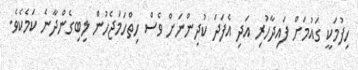
ހިފުމަކީ ގައުމަށް ފައިދާހުރި އަދި އެފަދަ ކުދިންނަށް ވެސް ހިތްހަމަޖެހުން ލިބިގެންދާނެ ކަމެކެވެ.